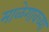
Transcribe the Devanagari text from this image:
माळेगावच्या